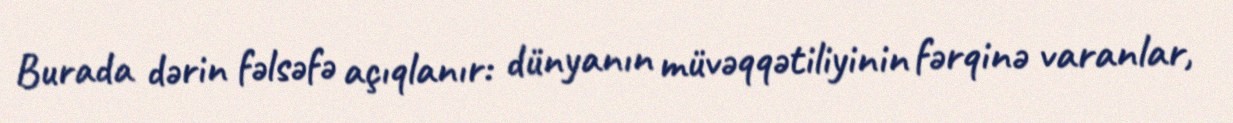
Burada dərin fəlsəfə açıqlanır: dünyanın müvəqqətiliyinin fərqinə varanlar,